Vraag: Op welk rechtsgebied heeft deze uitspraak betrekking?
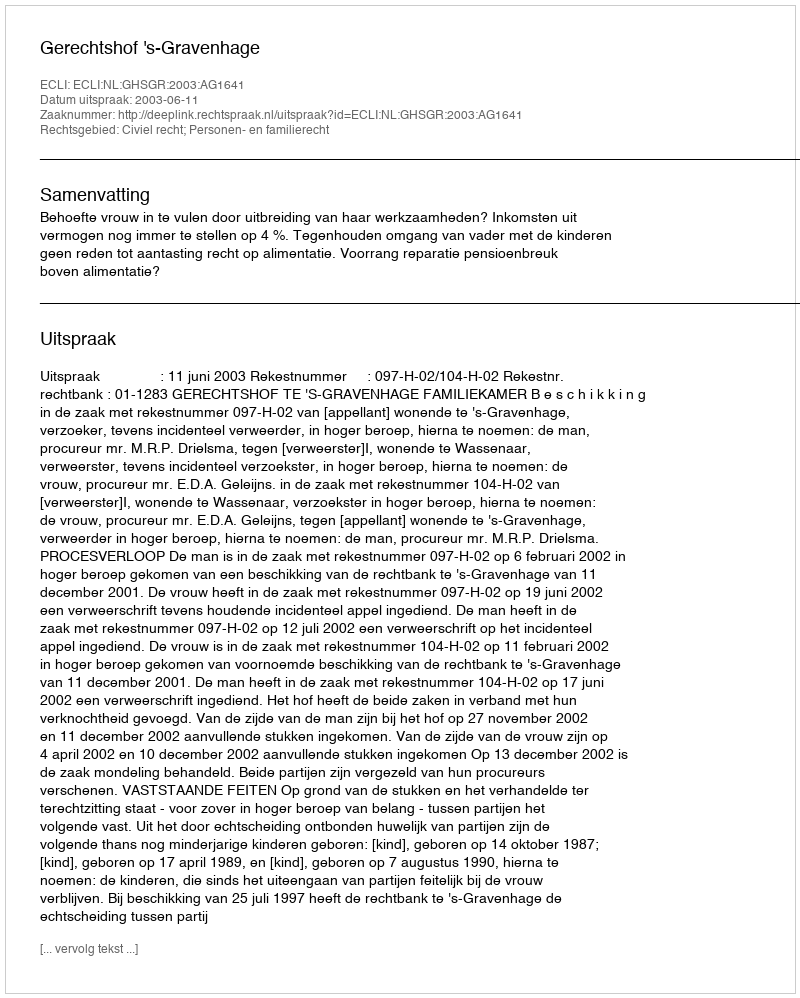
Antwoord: Civiel recht; Personen- en familierecht